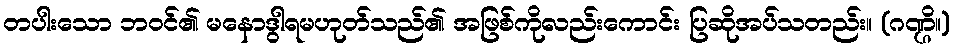
တပါးသော ဘဝင်၏ မနောဒွါရမဟုတ်သည်၏ အဖြစ်ကိုလည်းကောင်း ပြဆိုအပ်သတည်း။ (ဂဏ္ဌိ။)